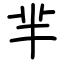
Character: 芈